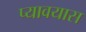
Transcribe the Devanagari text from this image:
प्यावयास